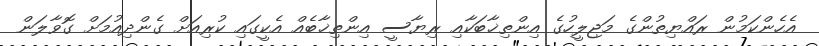
އެހެންކަމުން ރައްޔިތުންގެ މަޖިލީހުގެ އިންތިޚާބަކާއި ރިޔާސީ އިންތިޚާބެއް އެކީގައި ކުރިއަށް ގެންދިއުމަށް ގޮވާލަން